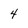
Character: 4